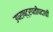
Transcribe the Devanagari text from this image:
उपराष्ट्रपतीपदाची